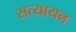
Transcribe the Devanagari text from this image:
सत्यायन